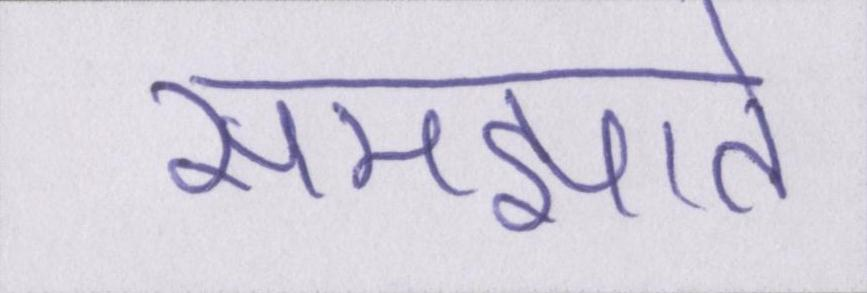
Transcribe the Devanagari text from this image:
समझाते